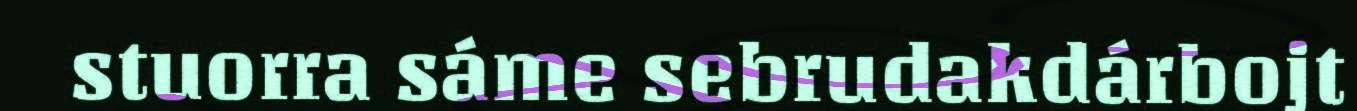
stuorra sáme sebrudakdárbojt